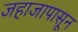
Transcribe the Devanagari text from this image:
जहाजापासून